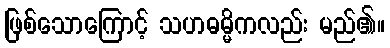
ဖြစ်သောကြောင့် သဟဓမ္မိကလည်း မည်၏။